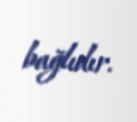
bağlıdır.